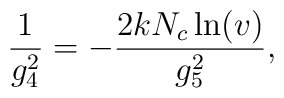
\frac {1}{g_4^2} = - \frac {2 k N_c \ln (v)}{g_5^2},